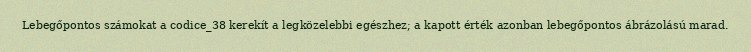
Lebegőpontos számokat a codice_38 kerekít a legközelebbi egészhez; a kapott érték azonban lebegőpontos ábrázolású marad.